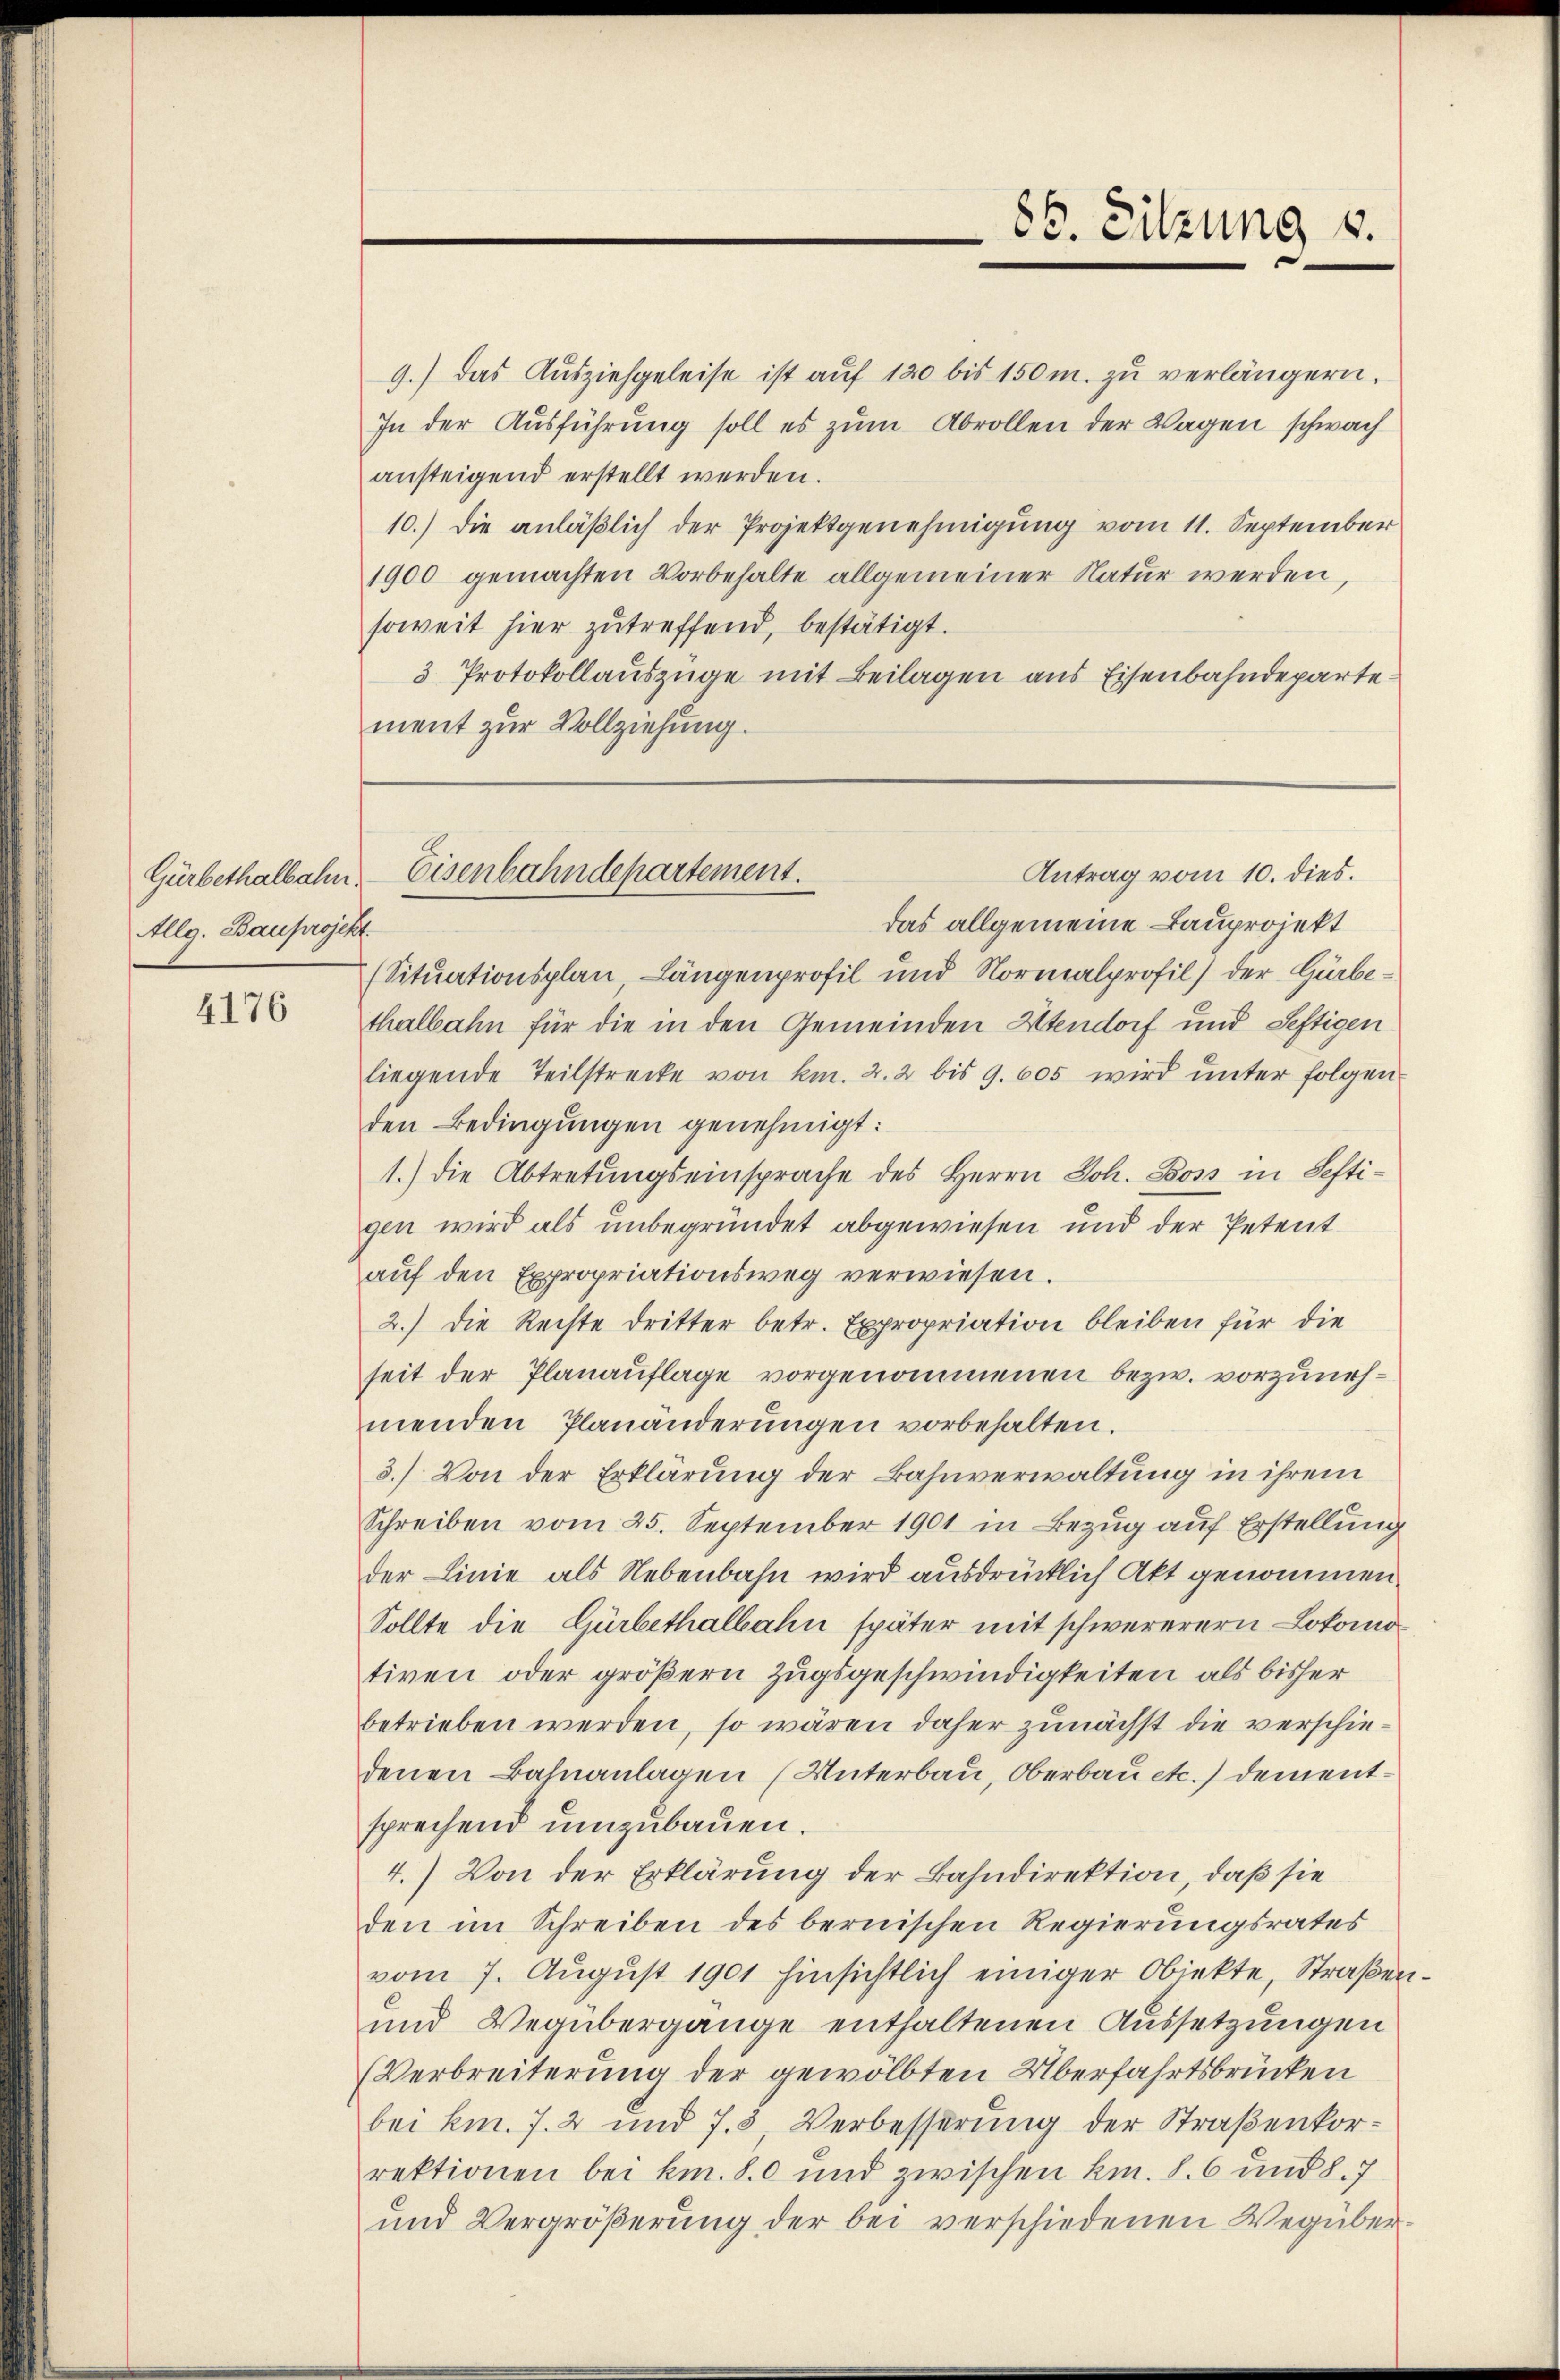
Gürbethalbahn.
Allg. Bauprojekt.

4176

9.) das Aŭsziehgeleise ist aŭf 120 bis 150 m. zŭ verlängern.
In der Ausführung soll es zum Abrollen der Wagen schwach
ansteigend erstellt werden.
10.) Die anläßlich der Projektgenehmigung vom 11. September
1900 gemachten Vorbehalte allgemeiner Natur werden,
soweit hier zutreffend, bestätigt.
3 Protokollauszüge mit Beilagen aus Eisenbahndeparte.
ment zur Vollziehung.

86. Sitzung u.

das allgemeine Bauprojekt
(Situationsplan, Längenprofil und Normalprofil) der Gürbethalbahn für die in den Gemeinden Stendorf und Seftigen
liegende Teilstrecke von km. 2. 2 bis 9. 605 wird unter folgen
den Bedingungen genehmigt:
1.) Die Abtretungseinsprache des Herrn Joh. Boss in Seftigen wird als unbegründet abgewiesen und der Petent
aŭf den Expropriationsweg verwiesen.
2.) Die Rechte dritter betr. Expropriation bleiben für die
seit der Planauflage vorgenommenen bezw. vorzunehmenden Planänderungen vorbehalten.
3.) Von der Erklärung der Bahnverwaltung in ihrem
Schreiben vom 25. September 1901 in Bezug auf Erstellung
der Linie als Nebenbahn wird ausdrücklich Akt genommen.
Sollte die Gürbethalbahn später mit schwererern Lokomotiven oder größern Zugsgeschwindigkeiten als bisher
betrieben werden, so wären daher zunächst die verschiedenen Bahnanlagen (Unterbau, Oberbau etc.) Dementsprechend umzubauen.
4.) Von der Erklärung der Bahndirektion, daß sie
den im Schreiben des bernischen Regierungsrates
vom 7. August 1901 hinsichtlich einiger Objekte, Straßen¬
und Wegübergange enthaltenen Aussetzungen
Verbreiterung der gewölbten Überfahrtsbrücken
bei km. 7. 2 und 7. 3 Verbesserung der Straßenkorrektionen bei kn. 80 und zwischen km. S. 6 und 8.7
und Vergröβerŭng der bei verschiedenen Wegüber.

Antrag vom 10. dies.
Eisenbahndepartement.